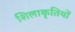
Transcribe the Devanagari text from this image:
शिलाकृतियों